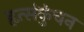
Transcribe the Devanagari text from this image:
हृत्संकुंचन